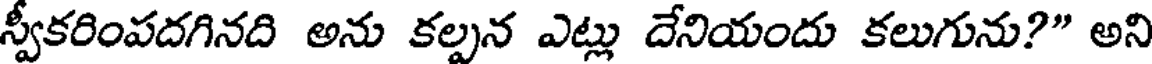
స్వీకరింపదగినది అను కల్పన ఎట్లు దేనియందు కలుగును?" అని